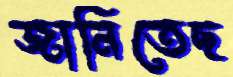
জানিতেছ